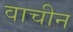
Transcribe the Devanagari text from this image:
वाचीन